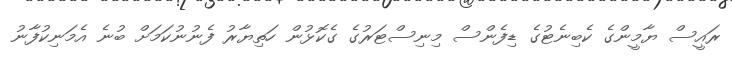
ރައީސް ޔާމީންގެ ކެބިނެޓުގެ ޑިފެންސް މިނިސްޓަރުގެ ގެކޮޅުން ހަތިޔާރު ފެނުނުކަމަށް ބުނެ އެމަނިކުފާނު